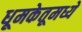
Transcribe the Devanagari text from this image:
धूमकेतूमध्ये